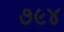
૭૯૪